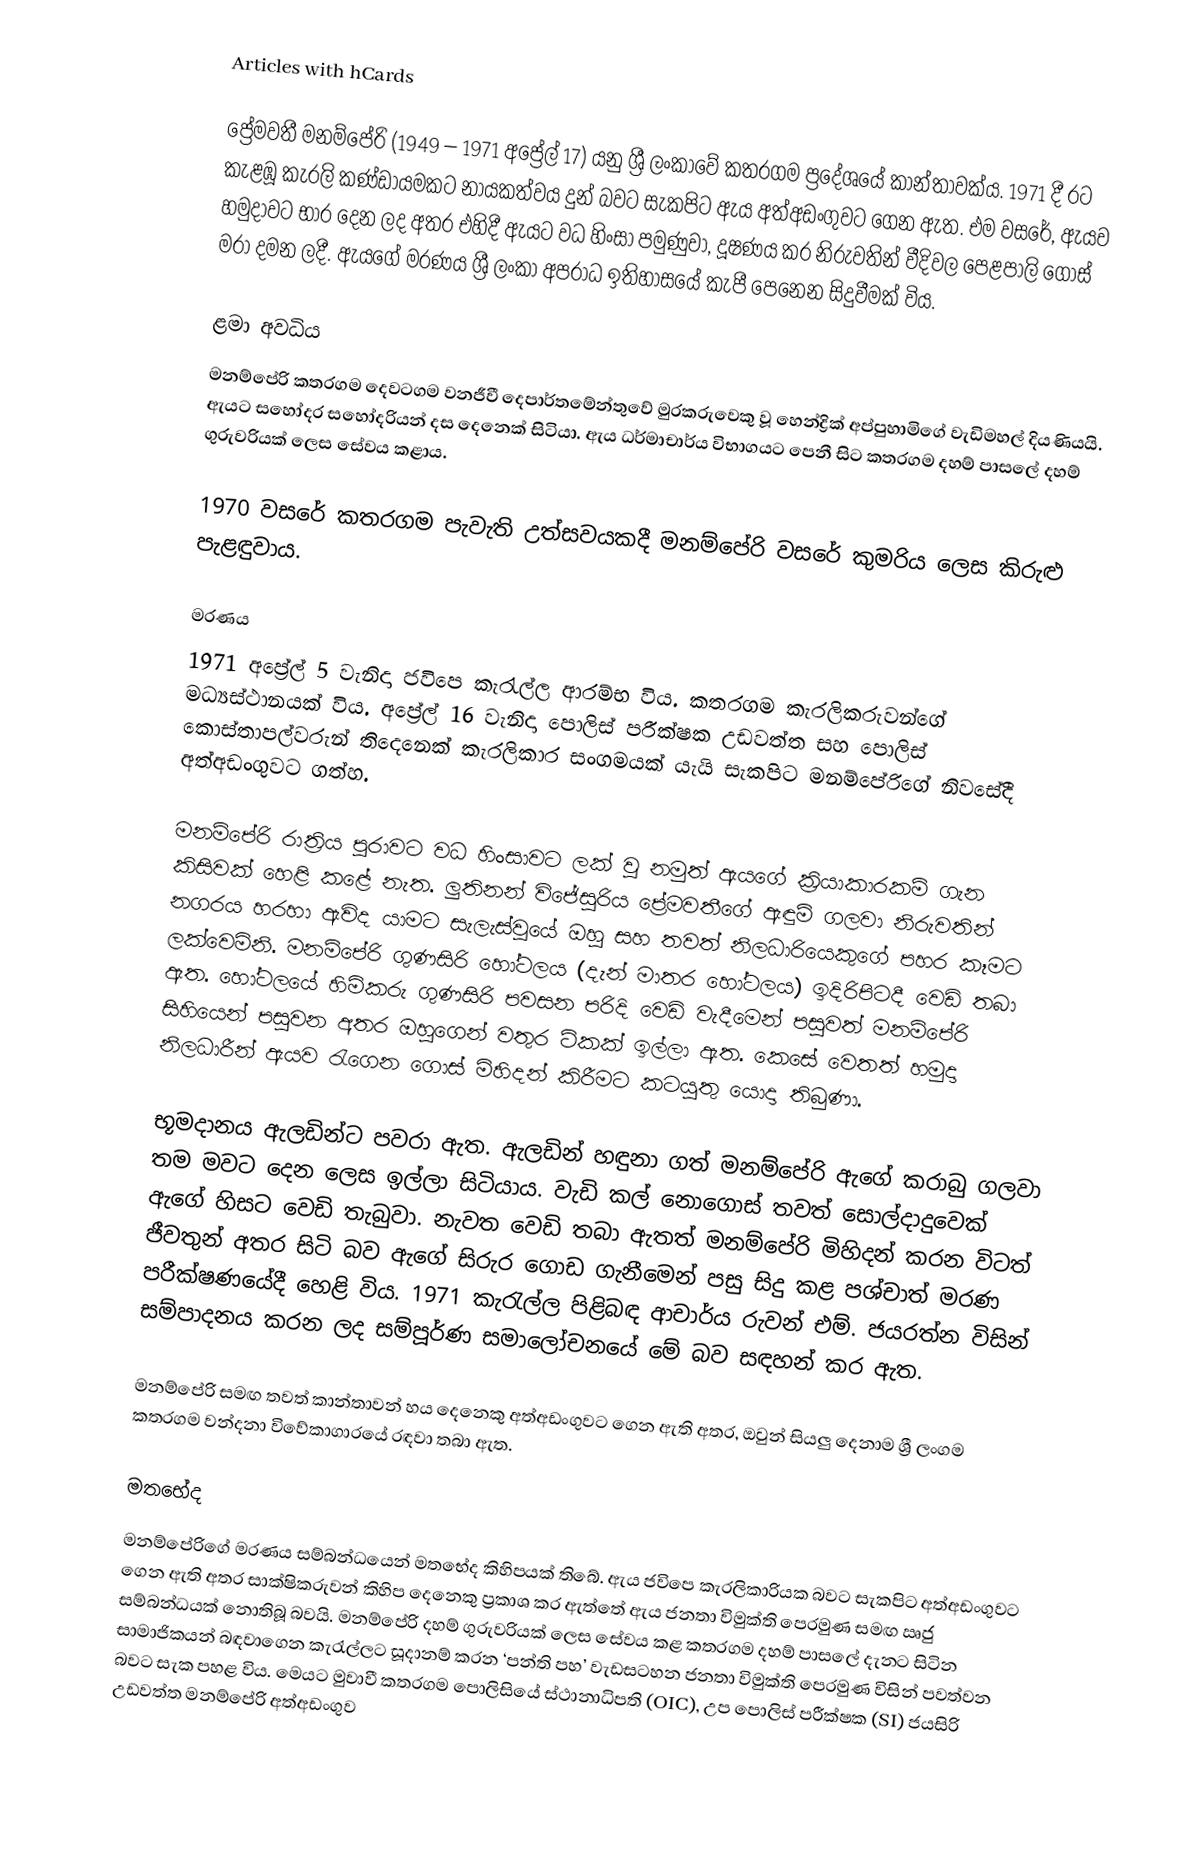
Articles with hCards

ප්‍රේමවතී මනම්පේරි (1949 – 1971 අප්‍රේල් 17) යනු ශ්‍රී ලංකාවේ කතරගම ප්‍රදේශයේ කාන්තාවක්ය. 1971 දී රට කැළඹූ කැරලි කණ්ඩායමකට නායකත්වය දුන් බවට සැකපිට ඇය අත්අඩංගුවට ගෙන ඇත. එම වසරේ, ඇයව හමුදාවට භාර දෙන ලද අතර එහිදී ඇයට වධ හිංසා පමුණුවා, දූෂණය කර නිරුවතින් වීදිවල පෙළපාලි ගොස් මරා දමන ලදී. ඇයගේ මරණය ශ්‍රී ලංකා අපරාධ ඉතිහාසයේ කැපී පෙනෙන සිදුවීමක් විය.

ළමා අවධිය
මනම්පේරි කතරගම දෙවටගම වනජීවී දෙපාර්තමේන්තුවේ මුරකරුවෙකු වූ හෙන්ද්‍රික් අප්පුහාමිගේ වැඩිමහල් දියණියයි. ඇයට සහෝදර සහෝදරියන් දස දෙනෙක් සිටියා. ඇය ධර්මාචාර්ය විභාගයට පෙනී සිට කතරගම දහම් පාසලේ දහම් ගුරුවරියක් ලෙස සේවය කළාය.

1970 වසරේ කතරගම පැවැති උත්සවයකදී මනම්පේරි වසරේ කුමරිය ලෙස කිරුළු පැළඳුවාය.

මරණය
1971 අප්‍රේල් 5 වැනිදා ජවිපෙ කැරැල්ල ආරම්භ විය. කතරගම කැරලිකරුවන්ගේ මධ්‍යස්ථානයක් විය. අප්‍රේල් 16 වැනිදා පොලිස් පරීක්ෂක උඩවත්ත සහ පොලිස් කොස්තාපල්වරුන් තිදෙනෙක් කැරලිකාර සංගමයක් යැයි සැකපිට මනම්පේරිගේ නිවසේදී අත්අඩංගුවට ගත්හ.

මනම්පේරි රාත්‍රිය පුරාවට වධ හිංසාවට ලක් වූ නමුත් ඇයගේ ක්‍රියාකාරකම් ගැන කිසිවක් හෙළි කළේ නැත. ලුතිනන් විජේසූරිය ප්‍රේමවතීගේ ඇඳුම් ගලවා නිරුවතින් නගරය හරහා ඇවිද යාමට සැලැස්වූයේ ඔහු සහ තවත් නිලධාරියෙකුගේ පහර කෑමට ලක්වෙමිනි. මනම්පේරි ගුණසිරි හෝටලය (දැන් මාතර හෝටලය) ඉදිරිපිටදී වෙඩි තබා ඇත. හෝටලයේ හිමිකරු ගුණසිරි පවසන පරිදි වෙඩි වැදීමෙන් පසුවත් මනම්පේරි සිහියෙන් පසුවන අතර ඔහුගෙන් වතුර ටිකක් ඉල්ලා ඇත. කෙසේ වෙතත් හමුදා නිලධාරීන් ඇයව රැගෙන ගොස් මිහිදන් කිරීමට කටයුතු යොදා තිබුණා.

භූමදානය ඇලඩින්ට පවරා ඇත. ඇලඩින් හඳුනා ගත් මනම්පේරි ඇගේ කරාබු ගලවා තම මවට දෙන ලෙස ඉල්ලා සිටියාය. වැඩි කල් නොගොස් තවත් සොල්දාදුවෙක් ඇගේ හිසට වෙඩි තැබුවා. නැවත වෙඩි තබා ඇතත් මනම්පේරි මිහිදන් කරන විටත් ජීවතුන් අතර සිටි බව ඇගේ සිරුර ගොඩ ගැනීමෙන් පසු සිදු කළ පශ්චාත් මරණ පරීක්ෂණයේදී හෙළි විය. 1971 කැරැල්ල පිළිබඳ ආචාර්ය රුවන් එම්. ජයරත්න විසින් සම්පාදනය කරන ලද සම්පූර්ණ සමාලෝචනයේ මේ බව සඳහන් කර ඇත.

මනම්පේරි සමඟ තවත් කාන්තාවන් හය දෙනෙකු අත්අඩංගුවට ගෙන ඇති අතර, ඔවුන් සියලු දෙනාම ශ්‍රී ලංගම කතරගම වන්දනා විවේකාගාරයේ රඳවා තබා ඇත.

මතභේද
මනම්පේරිගේ මරණය සම්බන්ධයෙන් මතභේද කිහිපයක් තිබේ. ඇය ජවිපෙ කැරලිකාරියක බවට සැකපිට අත්අඩංගුවට ගෙන ඇති අතර සාක්ෂිකරුවන් කිහිප දෙනෙකු ප්‍රකාශ කර ඇත්තේ ඇය ජනතා විමුක්ති පෙරමුණ සමඟ ඍජු සම්බන්ධයක් නොතිබූ බවයි. මනම්පේරි දහම් ගුරුවරියක් ලෙස සේවය කළ කතරගම දහම් පාසලේ දැනට සිටින සාමාජිකයන් බඳවාගෙන කැරැල්ලට සූදානම් කරන ‘පන්ති පහ’ වැඩසටහන ජනතා විමුක්ති පෙරමුණ විසින් පවත්වන බවට සැක පහළ විය. මෙයට මුවාවී කතරගම පොලිසියේ ස්ථානාධිපති (OIC), උප පොලිස් පරීක්ෂක (SI) ජයසිරි උඩවත්ත මනම්පේරි අත්අඩංගුව